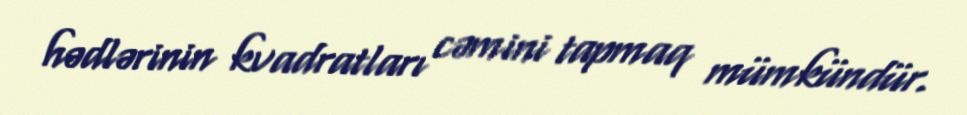
hədlərinin kvadratları cəmini tapmaq mümkündür.